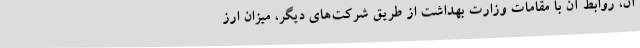
آن، روابط آن با مقامات وزارت بهداشت از طریق شرکت‌های دیگر، میزان ارز